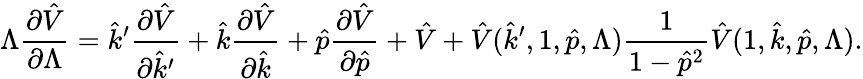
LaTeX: \Lambda\frac{\partial\hat{V}}{\partial\Lambda}=\hat{k}^{\prime}\frac{\partial\hat{V}}{\partial\hat{k}^{\prime}}+\hat{k}\frac{\partial\hat{V}}{\partial\hat{k}}+\hat{p}\frac{\partial\hat{V}}{\partial\hat{p}}+\hat{V}+\hat{V}(\hat{k}^{\prime},1,\hat{p},\Lambda)\frac{1}{1-\hat{p}^{2}}\hat{V}(1,\hat{k},\hat{p},\Lambda).